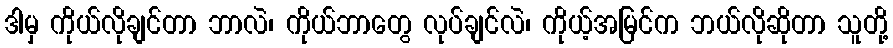
ဒါမှ ကိုယ်လိုချင်တာ ဘာလဲ၊ ကိုယ်ဘာတွေ လုပ်ချင်လဲ၊ ကိုယ့်အမြင်က ဘယ်လိုဆိုတာ သူတို့